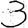
Digit: 3